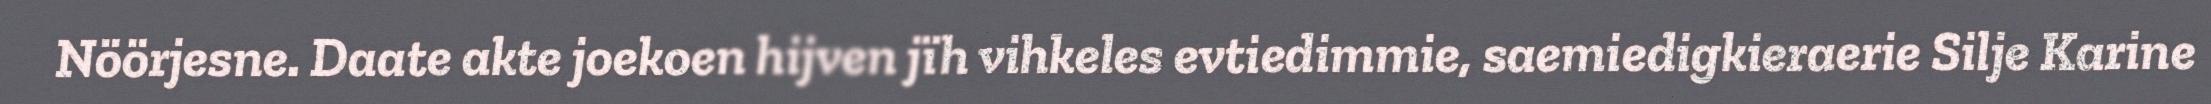
Nöörjesne. Daate akte joekoen hijven jïh vihkeles evtiedimmie, saemiedigkieraerie Silje Karine